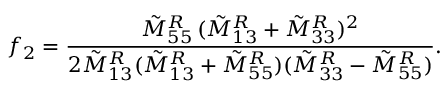
f _ { 2 } = \frac { \tilde { M } _ { 5 5 } ^ { R } \, ( \tilde { M } _ { 1 3 } ^ { R } + \tilde { M } _ { 3 3 } ^ { R } ) ^ { 2 } } { 2 \tilde { M } _ { 1 3 } ^ { R } ( \tilde { M } _ { 1 3 } ^ { R } + \tilde { M } _ { 5 5 } ^ { R } ) ( \tilde { M } _ { 3 3 } ^ { R } - \tilde { M } _ { 5 5 } ^ { R } ) } .